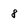
Character: 8